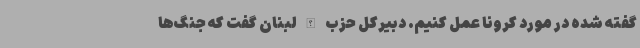
گفته شده در مورد کرونا عمل کنیم. دبیرکل حزب الله لبنان گفت که جنگ‌ها